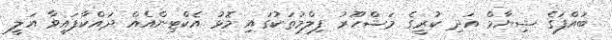
ބައްފަގެ ޝިޔާމް އަދި ކުރީގެ މަޝްހޫރު ފިލްމުތަކުގައި މޮޅު އެކްޓިންއެއް ދައްކާފައިވާ އަލީ